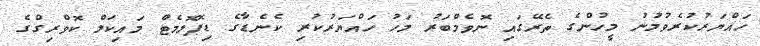
ހައްޔަރުކުރެވުމުނު މީހުންގެ ތެރޭގައި ނޮވެމްބަރު މަހު ހައްޔަރުކުރި ކެނެޑާގެ ޑިޕޮލޮމެޓް މައިކަލް ކޮވްރިގްގެ